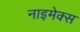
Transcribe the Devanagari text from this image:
नाइमेक्स